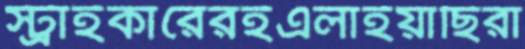
স্ট্রাইকারেরইএলাইয়াছিরা